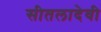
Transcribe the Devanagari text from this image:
सीतलादेवी